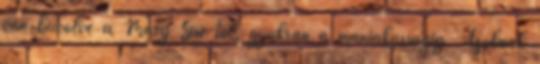
van bűvölve a Mary Sue-tól, gyakran a mániákusságig. Azoknak